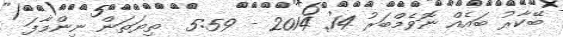
ބޭކާރު ބައެއް ނޮވެމްބަރު 14